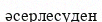
әсерлесуден